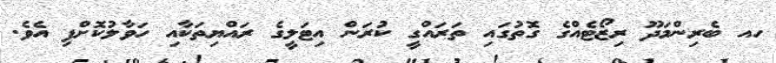
ހއ ބެރިންމަދޫ ރިޒޯޓެއްގެ ގޮތުގައި ތަރައްގީ ކުރަން އިޓަލީގެ ރައްޔިތަކާއި ހަވާލުކޮށްފި އެވެ.